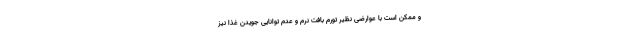
و ممکن است با عوارضی نظیر تورم بافت نرم و عدم توانایی جویدن غذا نیز